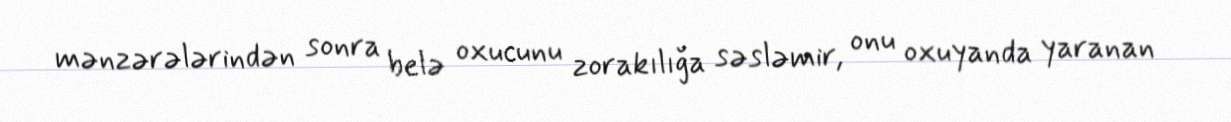
mənzərələrindən sonra belə oxucunu zorakılığa səsləmir, onu oxuyanda yaranan